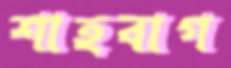
শাহবাগ